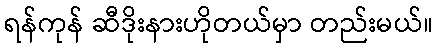
ရန်ကုန် ဆီဒိုးနားဟိုတယ်မှာ တည်းမယ်။